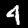
Digit: 4